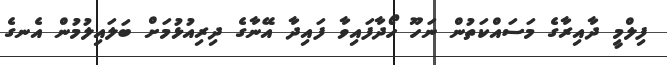
ފިލްމީ ދާއިރާގެ މަސައްކަތުން ނަހޫ ހޯދާފައިވާ ފައިދާ އޭނާގެ ދިރިއުޅުމަށް ބަލައިލުމުން އެނގެ